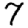
Digit: 7